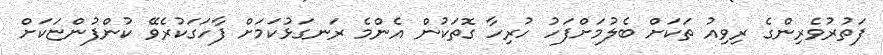
ފަތުރުވެރިންގެ ރިވިއު ތަކަށް ބެލުމަށްފަހު ހުރިހާ ގޮތަކުން އެންމެ ރަނގަޅުކަމަށް ފާހަގަކުރެވޭ ކުންފުންޏަކަށް